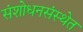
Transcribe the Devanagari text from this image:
संशोधनसंस्थेत